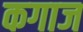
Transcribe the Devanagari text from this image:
कगाज